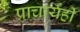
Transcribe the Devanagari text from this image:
प्राचार्यही